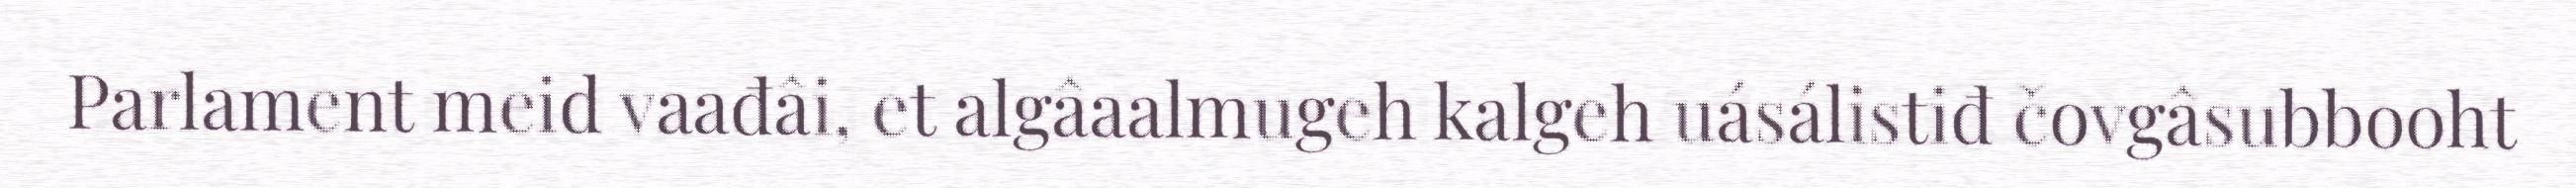
Parlament meid vaađâi, et algâaalmugeh kalgeh uásálistiđ čovgâsubbooht